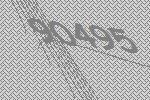
90495